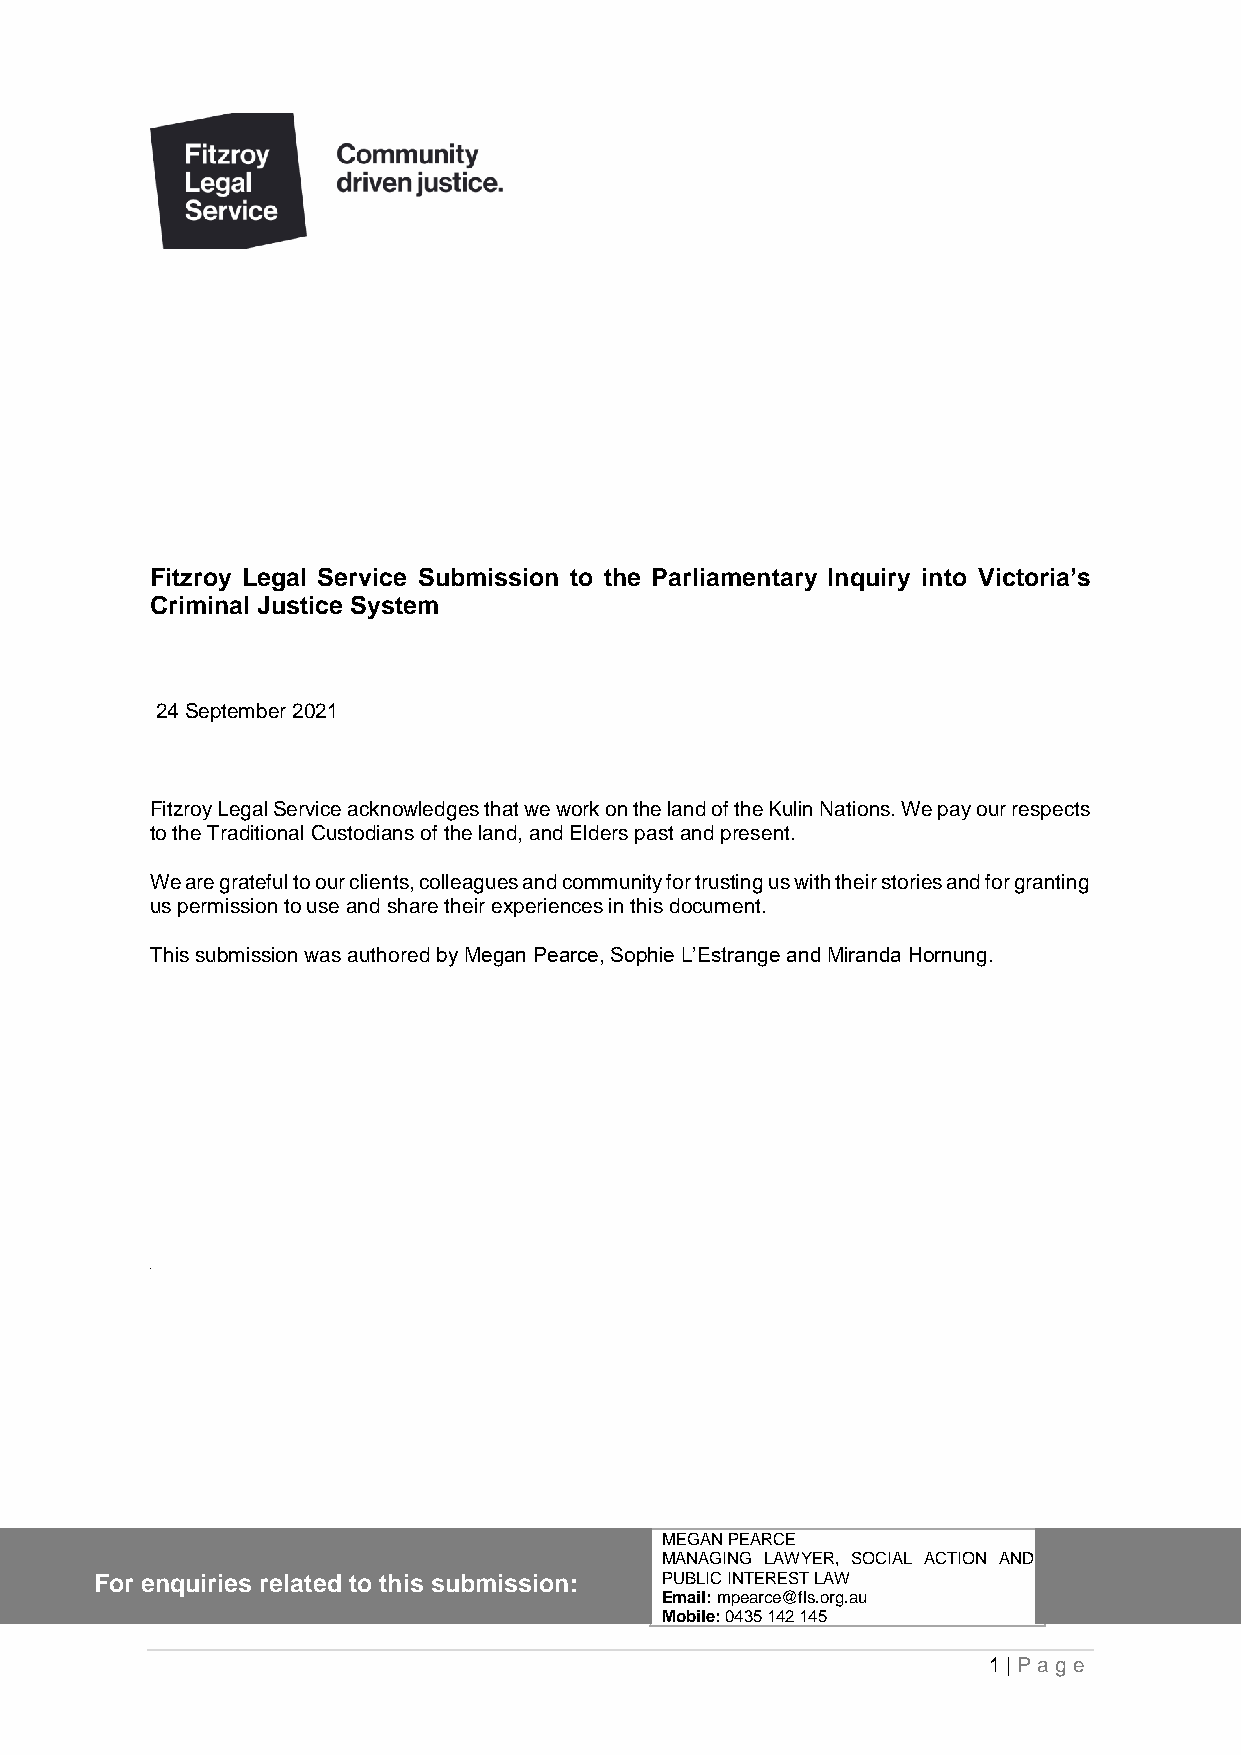
Fitzroy Legal Service Submission to the Parliamentary Inquiry into Victoria’s
 Criminal Justice System
 24 September 2021
 Fitzroy Legal Service acknowledges that we work on the land of the Kulin Nations. We pay our respects
 to the Traditional Custodians of the land, and Elders past and present.
 We are grateful to our clients, colleagues and community for trusting us with their stories and for granting
 us permission to use and share their experiences in this document.
 This submission was authored by Megan Pearce, Sophie L’Estrange and Miranda Hornung.
 \
 MEGAN PEARCE
 MANAGING LAWYER, SOCIAL ACTION AND
 For enquiries related to this submission: PUBLIC INTEREST LAW
 Email: mpearce@fls.org.au
 Mobile: 0435 142 145
 1 | Pa ge